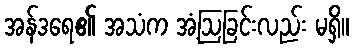
အန်ဒရေ၏ အသံက အံ့ဩခြင်းလည်း မရှိ။